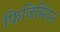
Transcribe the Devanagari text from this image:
फिजिसियन